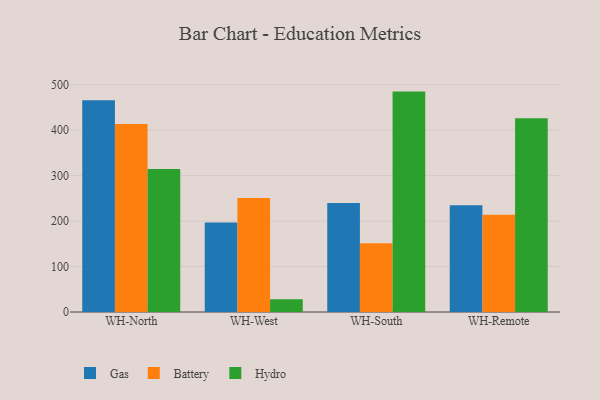
{"axis": {"x": "Warehouse", "y": "Bounce Rate (%)"}, "legend": ["Battery", "Gas", "Hydro"], "data": [{"x": "WH-North", "y": 465.9, "type": "Gas"}, {"x": "WH-North", "y": 413.6, "type": "Battery"}, {"x": "WH-North", "y": 314.8, "type": "Hydro"}, {"x": "WH-West", "y": 196.6, "type": "Gas"}, {"x": "WH-West", "y": 250.6, "type": "Battery"}, {"x": "WH-West", "y": 28.3, "type": "Hydro"}, {"x": "WH-South", "y": 239.6, "type": "Gas"}, {"x": "WH-South", "y": 151.1, "type": "Battery"}, {"x": "WH-South", "y": 484.8, "type": "Hydro"}, {"x": "WH-Remote", "y": 234.9, "type": "Gas"}, {"x": "WH-Remote", "y": 213.9, "type": "Battery"}, {"x": "WH-Remote", "y": 426.0, "type": "Hydro"}]}